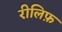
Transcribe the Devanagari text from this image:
रीलिफ़